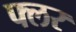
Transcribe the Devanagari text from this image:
फ्लर